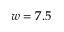
w = 7 . 5